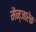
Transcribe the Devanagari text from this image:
मैन्जारेक